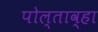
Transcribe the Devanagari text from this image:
पोल्ताव्हा